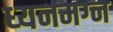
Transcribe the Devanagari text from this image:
ध्‍यनमग्‍न